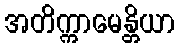
အတိက္ကာမေန္တိယာ